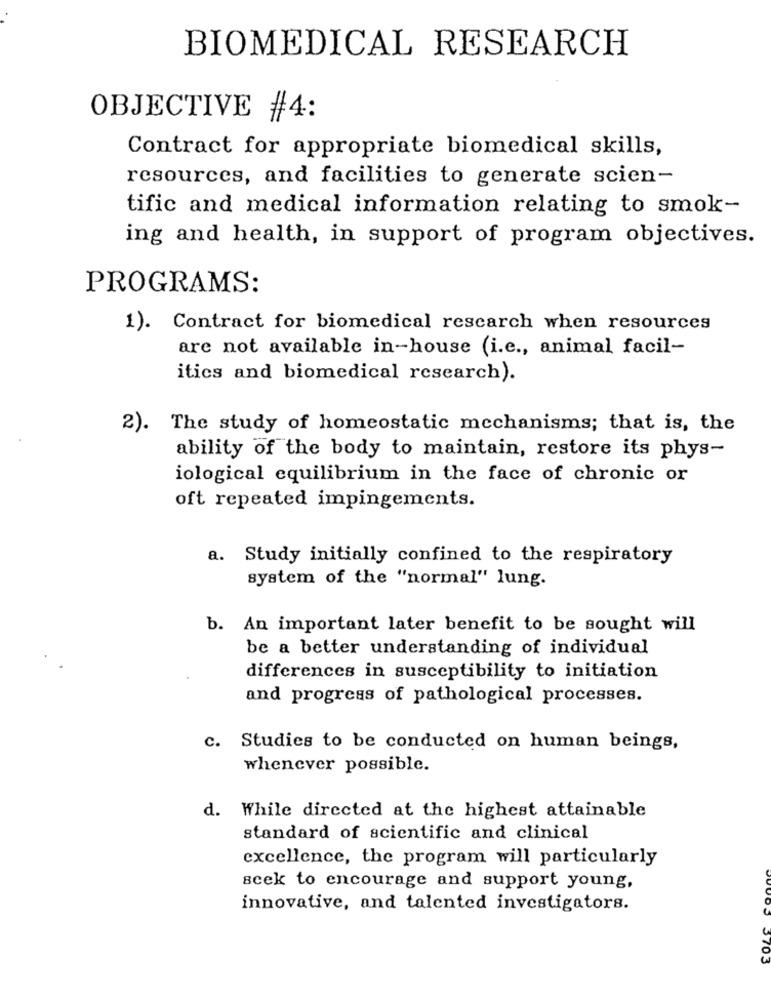
BIOMEDICAL RESEARCH
OBJECTIVE #4:
Contract for appropriate biomedical skills,
resources, and facilities to generate scien-
tific and medical information relating to smok-
ing and health, in support of program objectives.
PROGRAMS:
1). Contract for biomedical research when resources
are not available in-house (i.e ., animal facil-
itics and biomedical research).
2). The study of homeostatic mechanisms; that is, the
ability of the body to maintain, restore its phys-
iological equilibrium in the face of chronic or
oft repeated impingements.
a. Study initially confined to the respiratory
system of the "normal" lung.
b. An important later benefit to be sought will
be a better understanding of individual
differences in susceptibility to initiation
and progress of pathological processes.
c. Studies to be conducted on human beings,
whenever possible.
d. While directed at the highest attainable
standard of scientific and clinical
excellence, the program will particularly
scek to encourage and support young,
innovative, and talented investigators.
3703